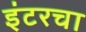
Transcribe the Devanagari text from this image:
इंटरचा